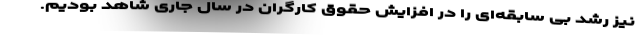
نیز رشد بی سابقه‌ای را در افزایش حقوق کارگران در سال جاری شاهد بودیم.